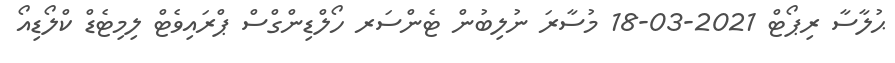
ޙުލާސާ ރިޕޯޓް 2021-03-18 މުސާރަ ނުލިބުން ޓެންސަރ ހޯލްޑިންގްސް ޕްރައިވެޓް ލިމިޓެޑް ކްލޯޑިއޯ